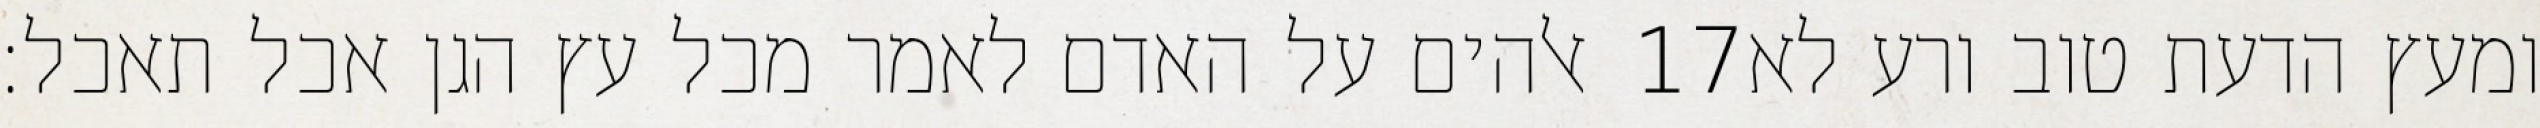
אלהים על האדם לאמר מכל עץ הגן אכל תאכל׃ ‎17‏ ומעץ הדעת טוב ורע לא